Vaike-Kopu_(Puiatu)_vallavalitsus, lk 45
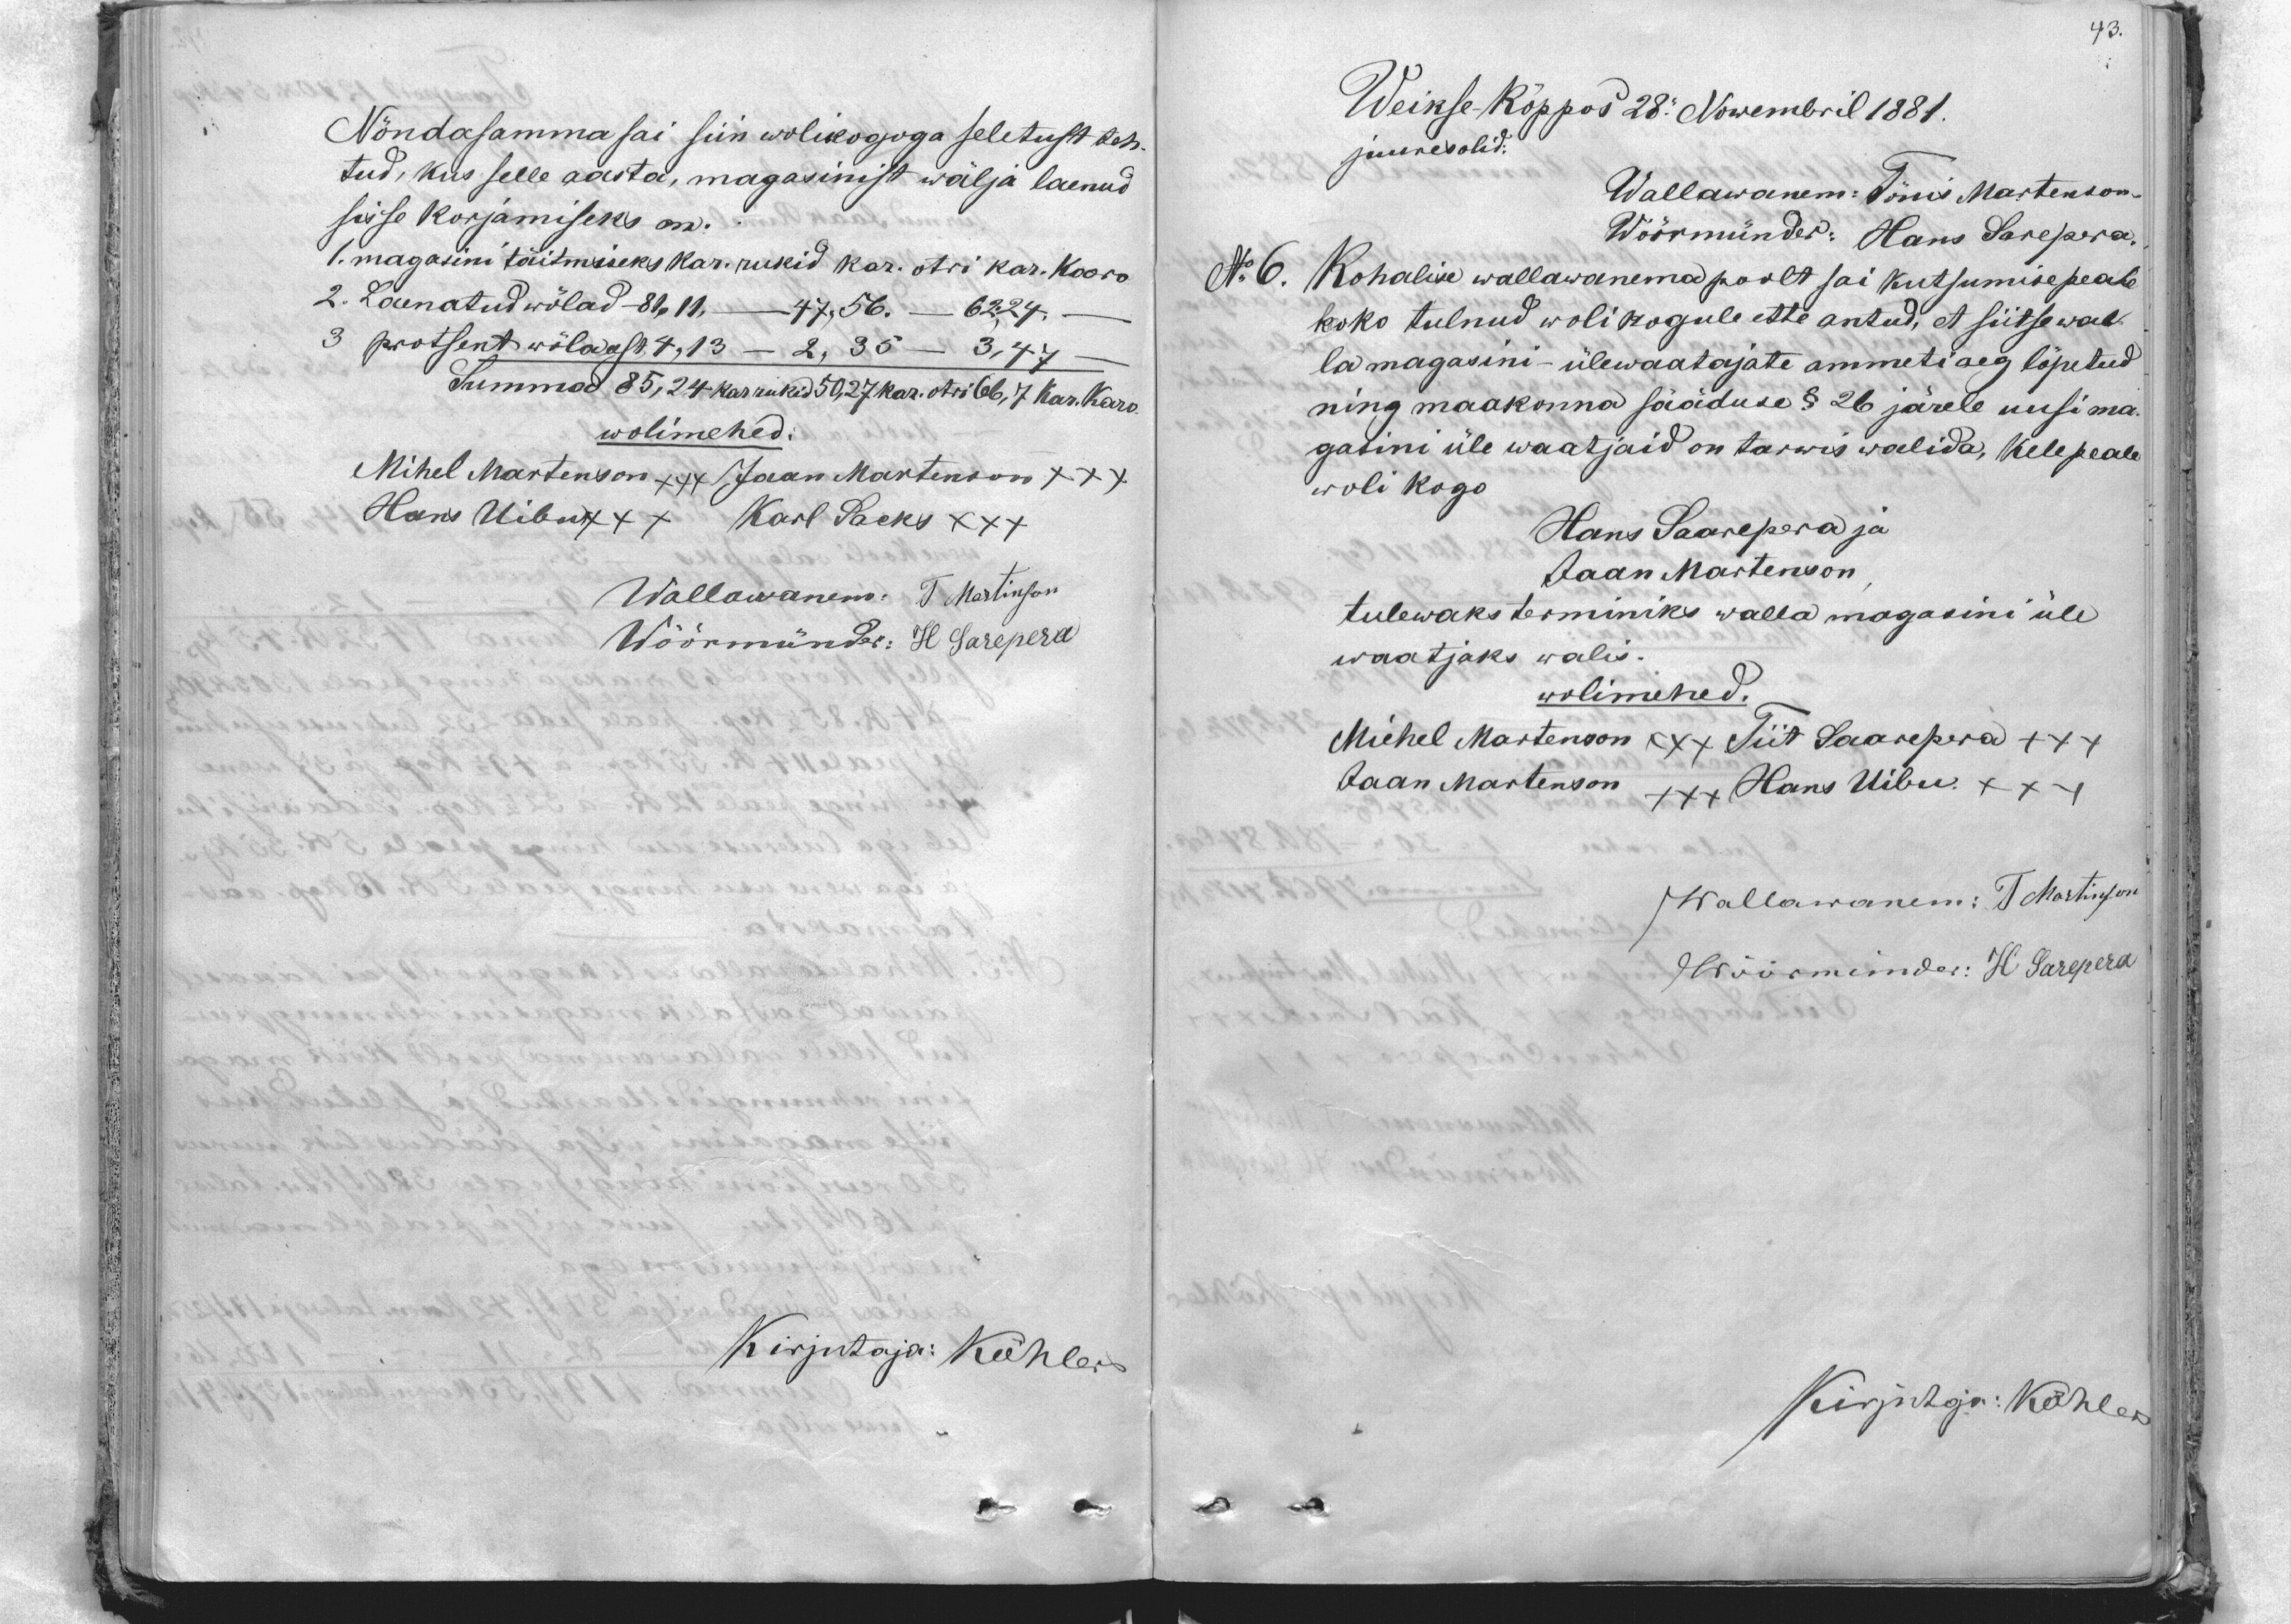
43.

Nõndasamma sai siin wolikoguga seletust teh-
tud, kus selle aasta, magasinist wälja laenud
sisse korjamiseks on.
1. magasini täitmiseks kar. rukid kar. otri kar-kaaro
2. Laenatud wölad - 81,11,    47,56. - 62,24.
3 protsent wöla eest 4,13 - 2,35 - 3,47.
Summad 85,24 kar rukid 50,27 kar. otri 66,7 Kar. Karo
wolimehed:
Mihel Martenson +++/Jaan Martenson +++
Hans Uibu +++ Karl Sacks XXX
Wallawanem: T Martinson
Wöörmündr: H Sarepera
Kirjutaja: Köhler

Weikse-Köppos 28. Nowembril 1881.
juures olid.
Wallawanem: Tönis Martenson.
Wöörmünder: Hans Sarepera.
N. 6. Kohalik wallawanema poolt sai kutsumise peale
koko tulnud wolikogule ette antud, et siitse wal
la magasini - ülewaatajate ammeti aeg löpetud
ning maakonna sääduse § 26 järele uusi ma
gasini üle waatjaid on tarwis walida, kele peale
woli kogo
Hans Saarepera ja
Jaan Martenson
tulewaks terminiks walla magasini üle
waatjaks walis.
wolimehed.
Michel Martenson +++ Tiit Saarepera +++
Jaan Martenson +++ Hans Uibu +++
Wallawanem: T Martinson
Wöörmünder: H Sarepera
Kirjutaja: Köhler